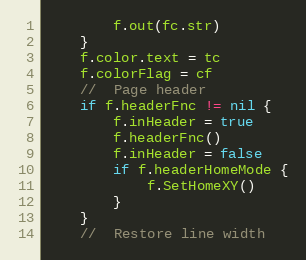
Language: Go
		f.out(fc.str)
	}
	f.color.text = tc
	f.colorFlag = cf
	// 	Page header
	if f.headerFnc != nil {
		f.inHeader = true
		f.headerFnc()
		f.inHeader = false
		if f.headerHomeMode {
			f.SetHomeXY()
		}
	}
	// 	Restore line width